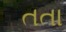
તતા